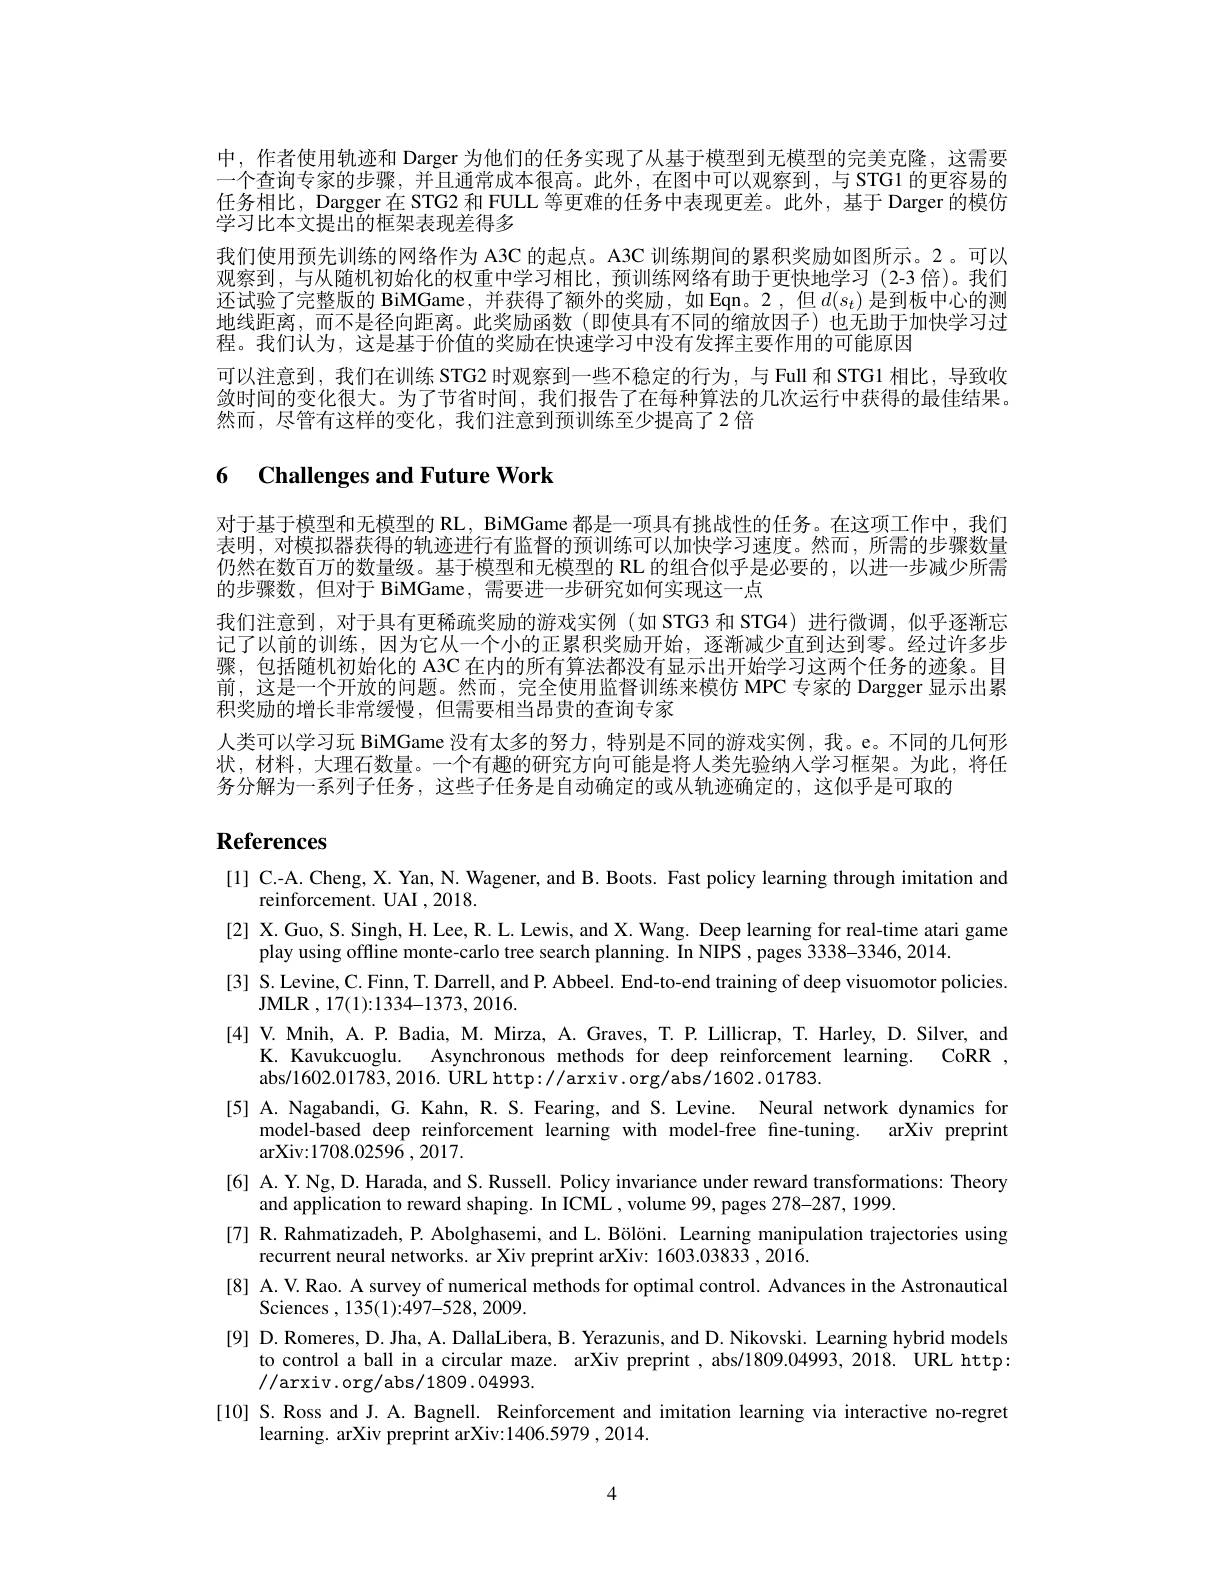
中，作者使用轨迹和 Darger 为他们的任务实现了从基于模型到无模型的完美克隆，这需要一个查询专家的步骤，并且通常成本很高。此外，在图中可以观察到，与 STG1 的更容易的任务相比，Dargger 在 STG2 和 FULL 等更难的任务中表现更差。此外，基于 Darger 的模仿学习比本文提出的框架表现差得多
我们使用预先训练的网络作为 A3C 的起点。A3C 训练期间的累积奖励如图所示。2。可以观察到，与从随机初始化的权重中学习相比，预训练网络有助于更快地学习(2-3 倍)。我们还试验了完整版的 BiMGame,并获得了额外的奖励，如 Eqn。2,但$d(s_t)$是到板中心的测地线距离，而不是径向距离。此奖励函数(即使具有不同的缩放因子)也无助于加快学习过程。我们认为，这是基于价值的奖励在快速学习中没有发挥主要作用的可能原因
可以注意到，我们在训练 STG2 时观察到一些不稳定的行为，与 Full 和 STG1 相比，导致收敛时间的变化很大。为了节省时间，我们报告了在每种算法的几次运行中获得的最佳结果。然而，尽管有这样的变化，我们注意到预训练至少提高了2 倍

## 6 Challenges and Future Work

对于基于模型和无模型的 RL, BiMGame 都是一项具有挑战性的任务。在这项工作中，我们表明，对模拟器获得的轨迹进行有监督的预训练可以加快学习速度。然而，所需的步骤数量仍然在数百万的数量级。基于模型和无模型的 RL 的组合似乎是必要的，以进一步减少所需的步骤数，但对于 BiMGame,需要进一步研究如何实现这一点
我们注意到，对于具有更稀疏奖励的游戏实例(如 STG3 和 STG4)进行微调，似乎逐渐忘记了以前的训练，因为它从一个小的正累积奖励开始，逐渐减少直到达到零。经过许多步骤，包括随机初始化的 A3C 在内的所有算法都没有显示出开始学习这两个任务的迹象。目前，这是一个开放的问题。然而，完全使用监督训练来模仿 MPC 专家的 Dargger 显示出累积奖励的增长非常缓慢，但需要相当昂贵的查询专家
人类可以学习玩 BiMGame 没有太多的努力，特别是不同的游戏实例，我。e。不同的几何形状，材料，大理石数量。一个有趣的研究方向可能是将人类先验纳入学习框架。为此，将任务分解为一系列子任务，这些子任务是自动确定的或从轨迹确定的，这似乎是可取的

# References

[1] C.-A. Cheng, X. Yan, N. Wagener, and B. Boots. Fast policy learning through imitation and
reinforcement. UAI ,2018.
[2] X.Guo, S. Singh, H. Lee, R. L. Lewis, and X. Wang. Deep learning for real-time atari game
play using offline monte-carlo tree search planning. In NIPS , pages 3338-3346, 2014.
[3] S. Levine, C. Finn, T. Darrell, and P. Abbeel. End-to-end training of deep visuomotor policies.
${\mathrm{JMLR~,~17(1):1334-1373,~2016.}}$
[4] V. Mnih, A. P. Badia, M. Mirza, A. Graves, T. P. Lillicrap, T. Harley, D. Silver, and
K. Kavukcuoglu. Asynchronous methods for deep reinforcement learning. CoRR ,
abs/1602.01783,2016. URL http://arxiv.org/abs/1602.01783.
[5] A. Nagabandi, G. Kahn, R. S. Fearing, and S. Levine. Neural network dynamics for
model-based deep reinforcement learning with model-free fine-tuning. arXiv preprint
${\mathrm{arXiv:1708.02596~,~2017.}}$
[6] A. Y. Ng, D. Harada, and S. Russell. Policy invariance under reward transformations: Theory
and application to reward shaping. In ICML , volume 99, pages 278-287, 19999.
[7] R. Rahmatizadeh, P. Abolghasemi, and L. Bölöni. Learning manipulation trajectories using
recurrent neural networks. ar Xiv preprint arXiv: 1603.03833 ,2016.
[8] A. V. Rao. A survey of numerical methods for optimal control. Advances in the Astronautical
Sciences , 135(1):497-528, 2009.
[9] D. Romeres, D. Jha, A. DallaLibera, B. Yerazunis, and D. Nikovski. Learning hybrid models
to control a ball in a circular maze. arXiv preprint , abs/1809.04993, 2018. URL http:
//arxiv.org/abs/1809.04993.
[10] S. Ross and J. A. Bagnell. Reinforcement and imitation learning via interactive no-regret
learning. arXiv preprint arXiv:1406.5979 , 2014.

4